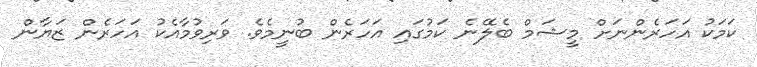
ކަމަކު އަހަރެންނަށް މީޝަމް ބެލޭނެ ކަމުގައި އަހަރެން ބުނީމެވެ. ވަރިވުމާއެކު އަހަރެން ޒަޔާން